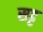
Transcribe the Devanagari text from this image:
सट्ट